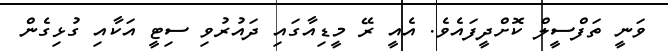
ވަނީ ތަފްސީލް ކޮށްދީފައެވެ. އެއީ ރޭ މީޑިއާގައި ދައުރުވި ސިޓީ އަކާއި ގުޅިގެން